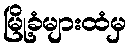
မြို့ခံများထံမှ